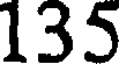
135